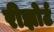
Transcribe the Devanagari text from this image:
रीझोर्ट